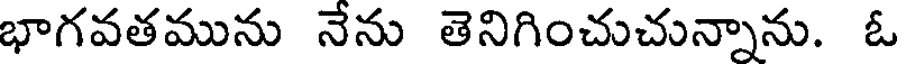
భాగవతమును నేను తెనిగించుచున్నాను. ఓ